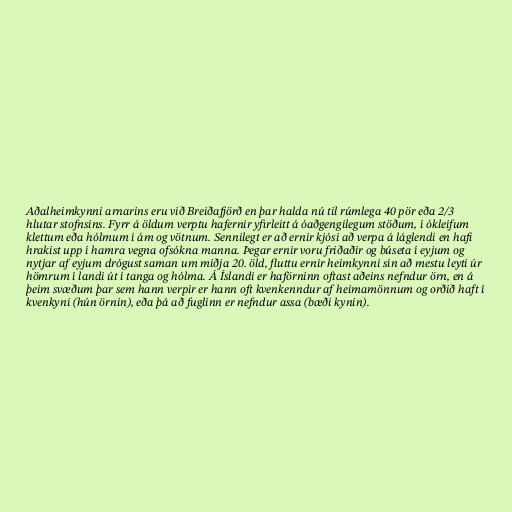
Aðalheimkynni arnarins eru við Breiðafjörð en þar halda nú til rúmlega 40 pör eða 2/3
hlutar stofnsins. Fyrr á öldum verptu hafernir yfirleitt á óaðgengilegum stöðum, í ókleifum
klettum eða hólmum í ám og vötnum. Sennilegt er að ernir kjósi að verpa á láglendi en hafi
hrakist upp í hamra vegna ofsókna manna. Þegar ernir voru friðaðir og búseta í eyjum og
nytjar af eyjum drógust saman um miðja 20. öld, fluttu ernir heimkynni sín að mestu leyti úr
hömrum í landi út í tanga og hólma. Á Íslandi er haförninn oftast aðeins nefndur örn, en á
þeim svæðum þar sem hann verpir er hann oft kvenkenndur af heimamönnum og orðið haft í
kvenkyni (hún örnin), eða þá að fuglinn er nefndur assa (bæði kynin).